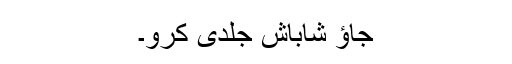
جاؤ شاباش جلدی کرو۔